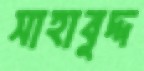
সাহাবুদ্দ